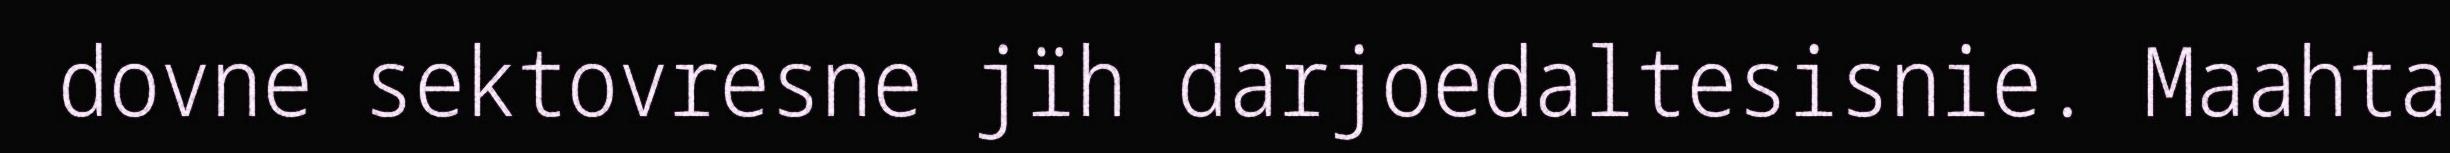
dovne sektovresne jïh darjoedaltesisnie. Maahta